Document type: Sale
Year: 1451
Scribe: [Unknown]
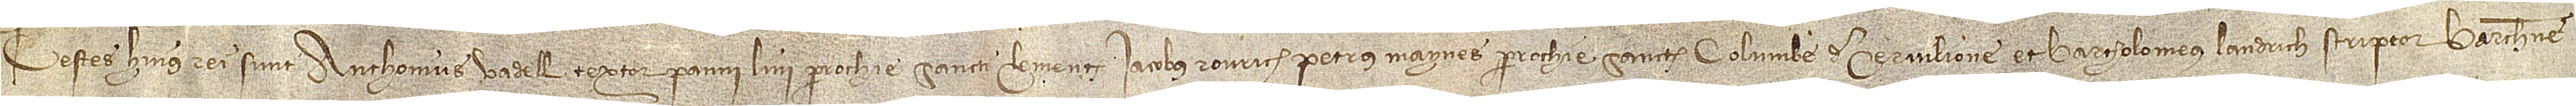
Testes huius rei sunt: Anthonius Vadell, textor panni lini parrochie Sancti Clementis, Iacobus Rourich, Petrus Maynes, parrochie Sancte Columbe de Cervilione, et Bartholomeus Landrich, scriptor Barchinone.